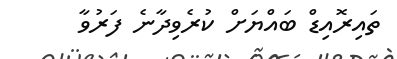
ތައިރޮއިޑް ބައްޔަށް ކުރެވިދާނެ ފަރުވާ